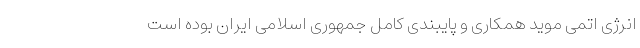
انرژی اتمی موید همکاری و پایبندی کامل جمهوری اسلامی ایران بوده است